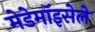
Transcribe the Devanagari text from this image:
मेडेमॉइसेले